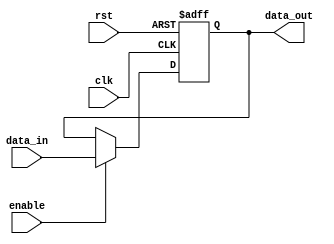
module output_register #(
    parameter WIDTH = 8 // Width of the data bus
)(
    input wire clk,           // Clock input
    input wire rst,           // Asynchronous reset input
    input wire enable,        // Enable input
    input wire [WIDTH-1:0] data_in, // Data input
    output reg [WIDTH-1:0] data_out // Output lines
);

// Synchronous operation with reset
always @(posedge clk or posedge rst) begin
    if (rst) begin
        data_out <= {WIDTH{1'b0}}; // Clear the register on reset
    end else if (enable) begin
        data_out <= data_in; // Latch input data on clock edge if enabled
    end
    // If not enabled, hold previous value (implicit)
end

endmodule